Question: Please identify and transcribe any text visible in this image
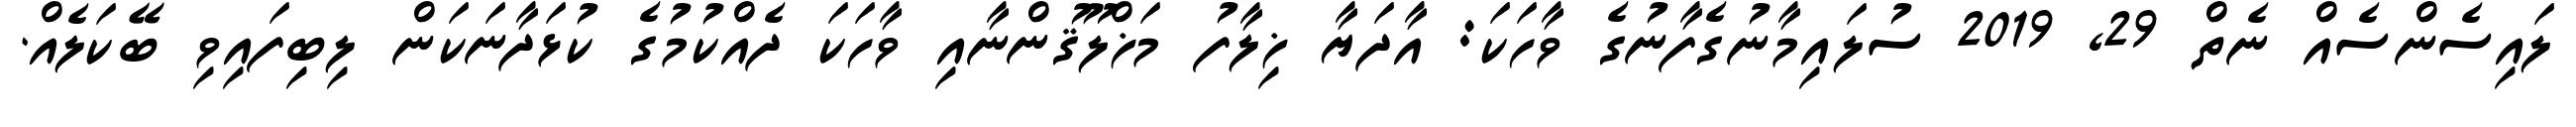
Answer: ލައިސެންސެއް ނެތް 29, 2019 ސުލައިމާނުގެފާނުގެ ވާހަކަ: އާދަޔާ ޚިލާފު މަޚްލޫޤުންނާއި ވާހަކަ ދެއްކުމުގެ ކުޅަދާނަކަން ލިބިފައިވި ބޭކަލެއް.